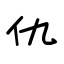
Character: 仇